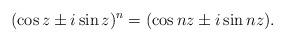
LaTeX: \begin{align*}(\cos z\pm i\sin z)^n= (\cos nz\pm i\sin nz).\end{align*}